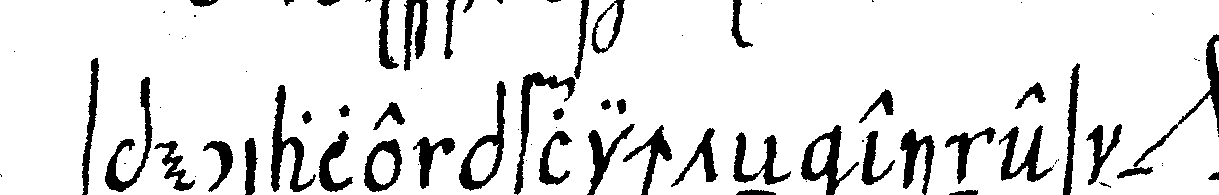
speciale pflichteN eines *nee* .